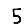
Digit: 5